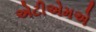
એટીએમએ